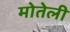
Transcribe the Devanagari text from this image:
मोतेली